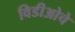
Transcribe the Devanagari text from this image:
विडीओचे